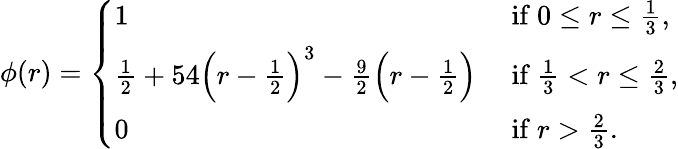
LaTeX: \phi(r)=\left\{ \begin{array}{ll}{1}&{\mathrm{~if~}0\leq r\leq\frac{1}{3},}\\ {\frac{1}{2}+54\Big(r-\frac{1}{2}\Big)^{3}-\frac{9}{2}\Big(r-\frac{1}{2}\Big)}&{\mathrm{~if~}\frac{1}{3}<r\leq\frac{2}{3},}\\ {0}&{\mathrm{~if~}r>\frac{2}{3}.}\end{array}\right.